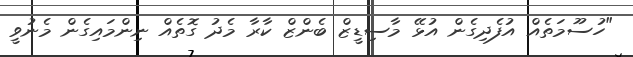
"ހުސޫމަތެއް އުފެދިގެން އުޅޭ މާސިޑީޒް ބެންޒް ކާރާ މެދު ގޮތެއް ނިންމައިގެން މެނުވީ